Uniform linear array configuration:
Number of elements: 12
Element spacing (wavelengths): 1
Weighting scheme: cosine
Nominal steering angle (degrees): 60
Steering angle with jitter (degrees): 58.946
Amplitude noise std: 0.05
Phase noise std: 0.05

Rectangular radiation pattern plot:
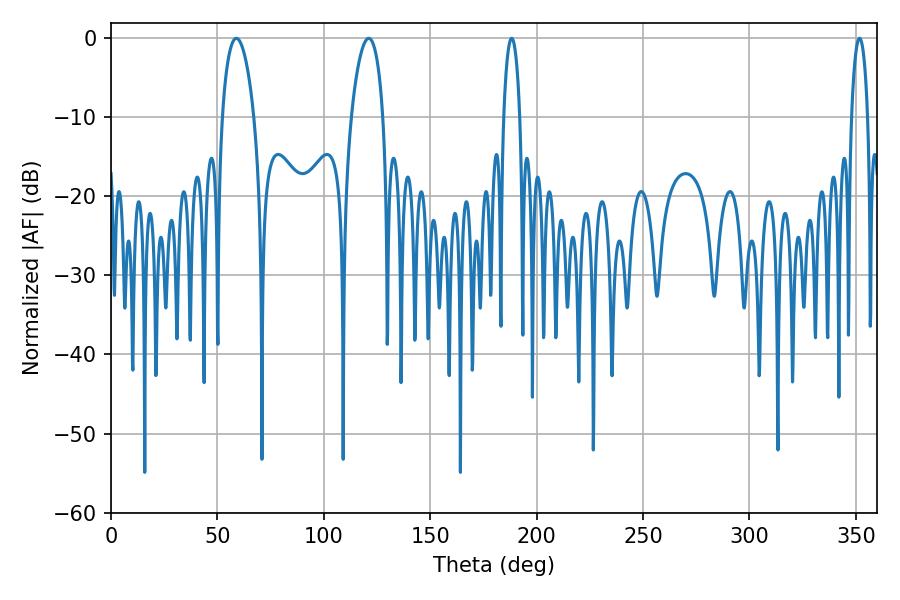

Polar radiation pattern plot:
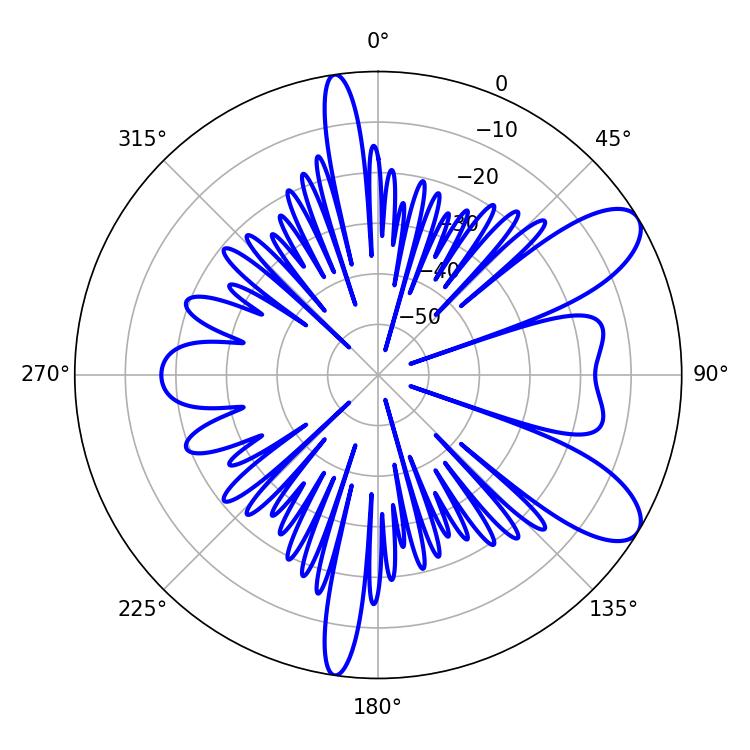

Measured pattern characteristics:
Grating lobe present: TRUE
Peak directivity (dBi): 8.986
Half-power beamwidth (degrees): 4.32
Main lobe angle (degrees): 188.28